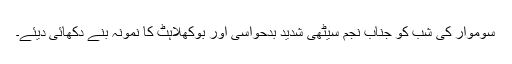
سوموار کی شب کو جناب نجم سیٹھی شدید بدحواسی اور بوکھلاہٹ کا نمونہ بنے دکھائی دیئے۔